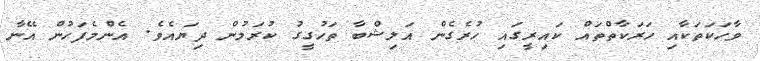
ވާހަކަތަކާއި ހަރަކާތްތައް ކައިރީގައި ހުރެގެން އަލިޝްބާ ތަހުގީގު ކުރަމުން ދިޔައެވެ. އެންމެފަހުން އޭނާ